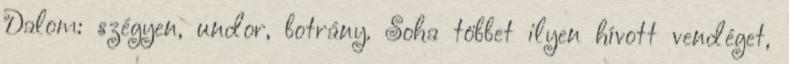
Dalom: szégyen, undor, botrány. Soha többet ilyen hívott vendéget,